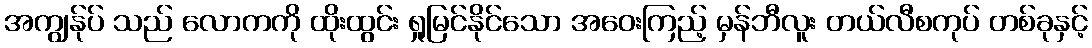
အကျွန်ုပ် သည် လောကကို ထိုးထွင်း ရှုမြင်နိုင်သော အဝေးကြည့် မှန်ဘီလူး တယ်လီစကုပ် တစ်ခုနှင့်